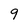
Character: 9